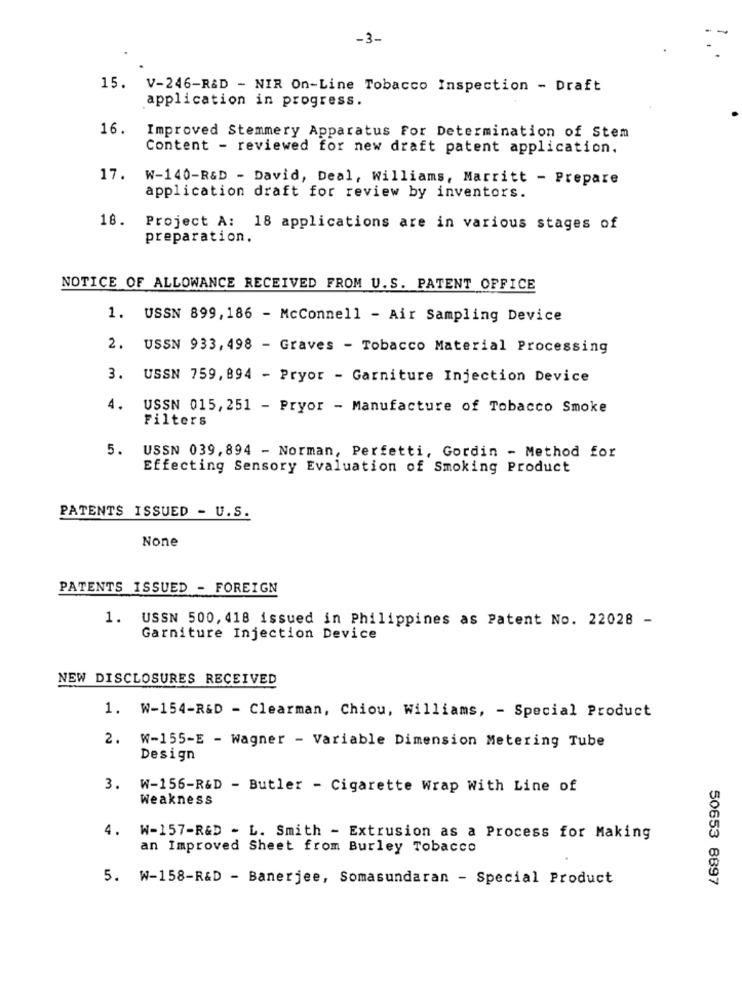
-3-
15. V-246-R&D - NIR On-Line Tobacco Inspection - Draft
application in progress.
16.
Improved Stemmery Apparatus For Determination of Stem
Content - reviewed for new draft patent application.
17. W-140-R&D - David, Deal, Williams, Marritt - Prepare
application draft for review by inventors.
18. Project A: 18 applications are in various stages of
preparation.
NOTICE OF ALLOWANCE RECEIVED FROM U.S. PATENT OFFICE
1. USSN 899,186 - McConnell - Air Sampling Device
2. USSN 933, 498 - Graves - Tobacco Material Processing
3. USSN 759,894 - Pryor - Garniture Injection Device
4.
USSN 015, 251 - Pryor - Manufacture of Tobacco Smoke
Filters
5.
USSN 039,894 - Norman, Perfetti, Gordin - Method for
Effecting Sensory Evaluation of Smoking Product
PATENTS ISSUED - U.S.
PATENTS ISSUED - FOREIGN
1.
USSN 500, 418 issued in Philippines as Patent No. 22028 -
Garniture Injection Device
NEW DISCLOSURES RECEIVED
1. W-154-R&D - Clearman, Chiou, Williams, - Special Product
2. W-155-E - Wagner - Variable Dimension Metering Tube
Design
3. W-156-R&D - Butler - Cigarette Wrap With Line of
Weakness
4. W-157-R&D - L. Smith - Extrusion as a Process for Making
an Improved Sheet from Burley Tobacco
5. W-158-R&D - Banerjee, Somasundaran - Special Product
50653 8897